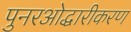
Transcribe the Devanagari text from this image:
पुनरओद्धारीकरण